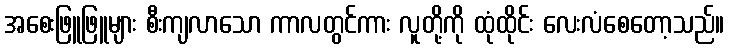
အစေးဖြူဖြူများ စီးကျလာသော ကာလတွင်ကား လူတို့ကို ထုံထိုင်း လေးလံစေတော့သည်။